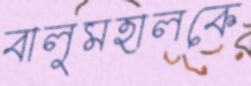
বালুমহালকে